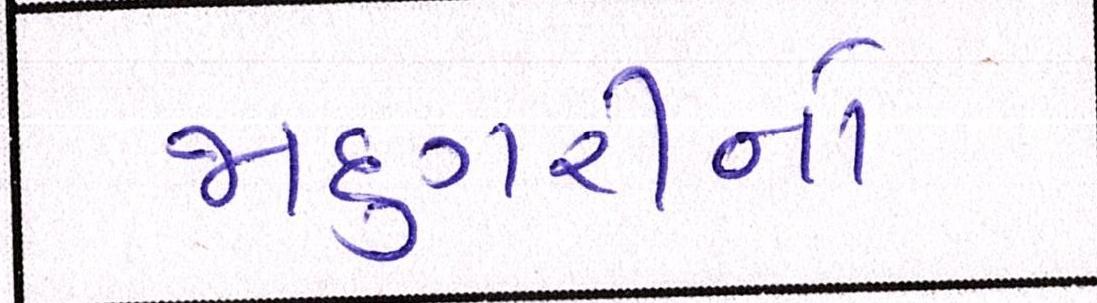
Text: જાદુગરીનો